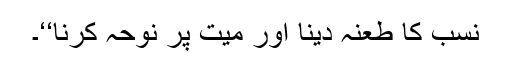
نسب کا طعنہ دینا اور میت پر نوحہ کرنا‘‘۔